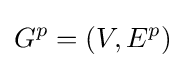
G^{p}=(V,E^{p})